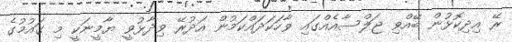
ރޭ އިދިކޮޅުން ބޭއްވި ޖަލްސާއެއްގައި ވާހަކަދައްކަމުން އަދުރޭ ވިދާޅުވީ ޔާމީނަކީ މި ގައުމުގެ